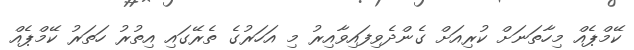
ކޭމްޕެއް މިހާތަނަށް ކުރިއަށް ގެންދެވިފައިވާއިރު މި އަހަރުގެ ތެރޭގައި އިތުރު ހަތަރު ކޭމްޕެއް